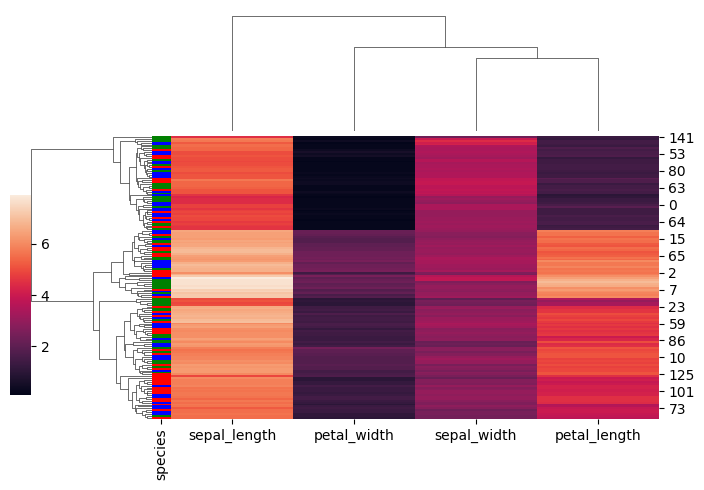
python, seaborn, clustermap, figsize=(7, 5), row_cluster=True, dendrogram_ratio=(0.2, 0.3), cbar_pos=(0, 0.2, 0.03, 0.4)